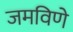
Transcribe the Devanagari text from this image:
जमविणे